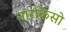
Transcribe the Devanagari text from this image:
नारकिसो